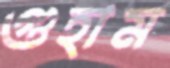
গুহাম